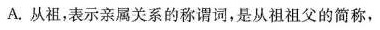
A.从祖，表示亲属关系的称谓词，是从祖祖父的简称，